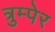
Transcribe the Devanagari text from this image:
त्रुम्पेर